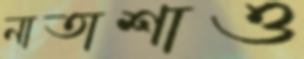
নাতাশাও